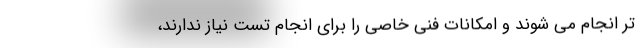
تر انجام می شوند و امکانات فنی خاصی را برای انجام تست نیاز ندارند،